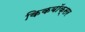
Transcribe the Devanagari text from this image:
किकबॉक्सर